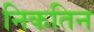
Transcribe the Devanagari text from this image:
निकतिन